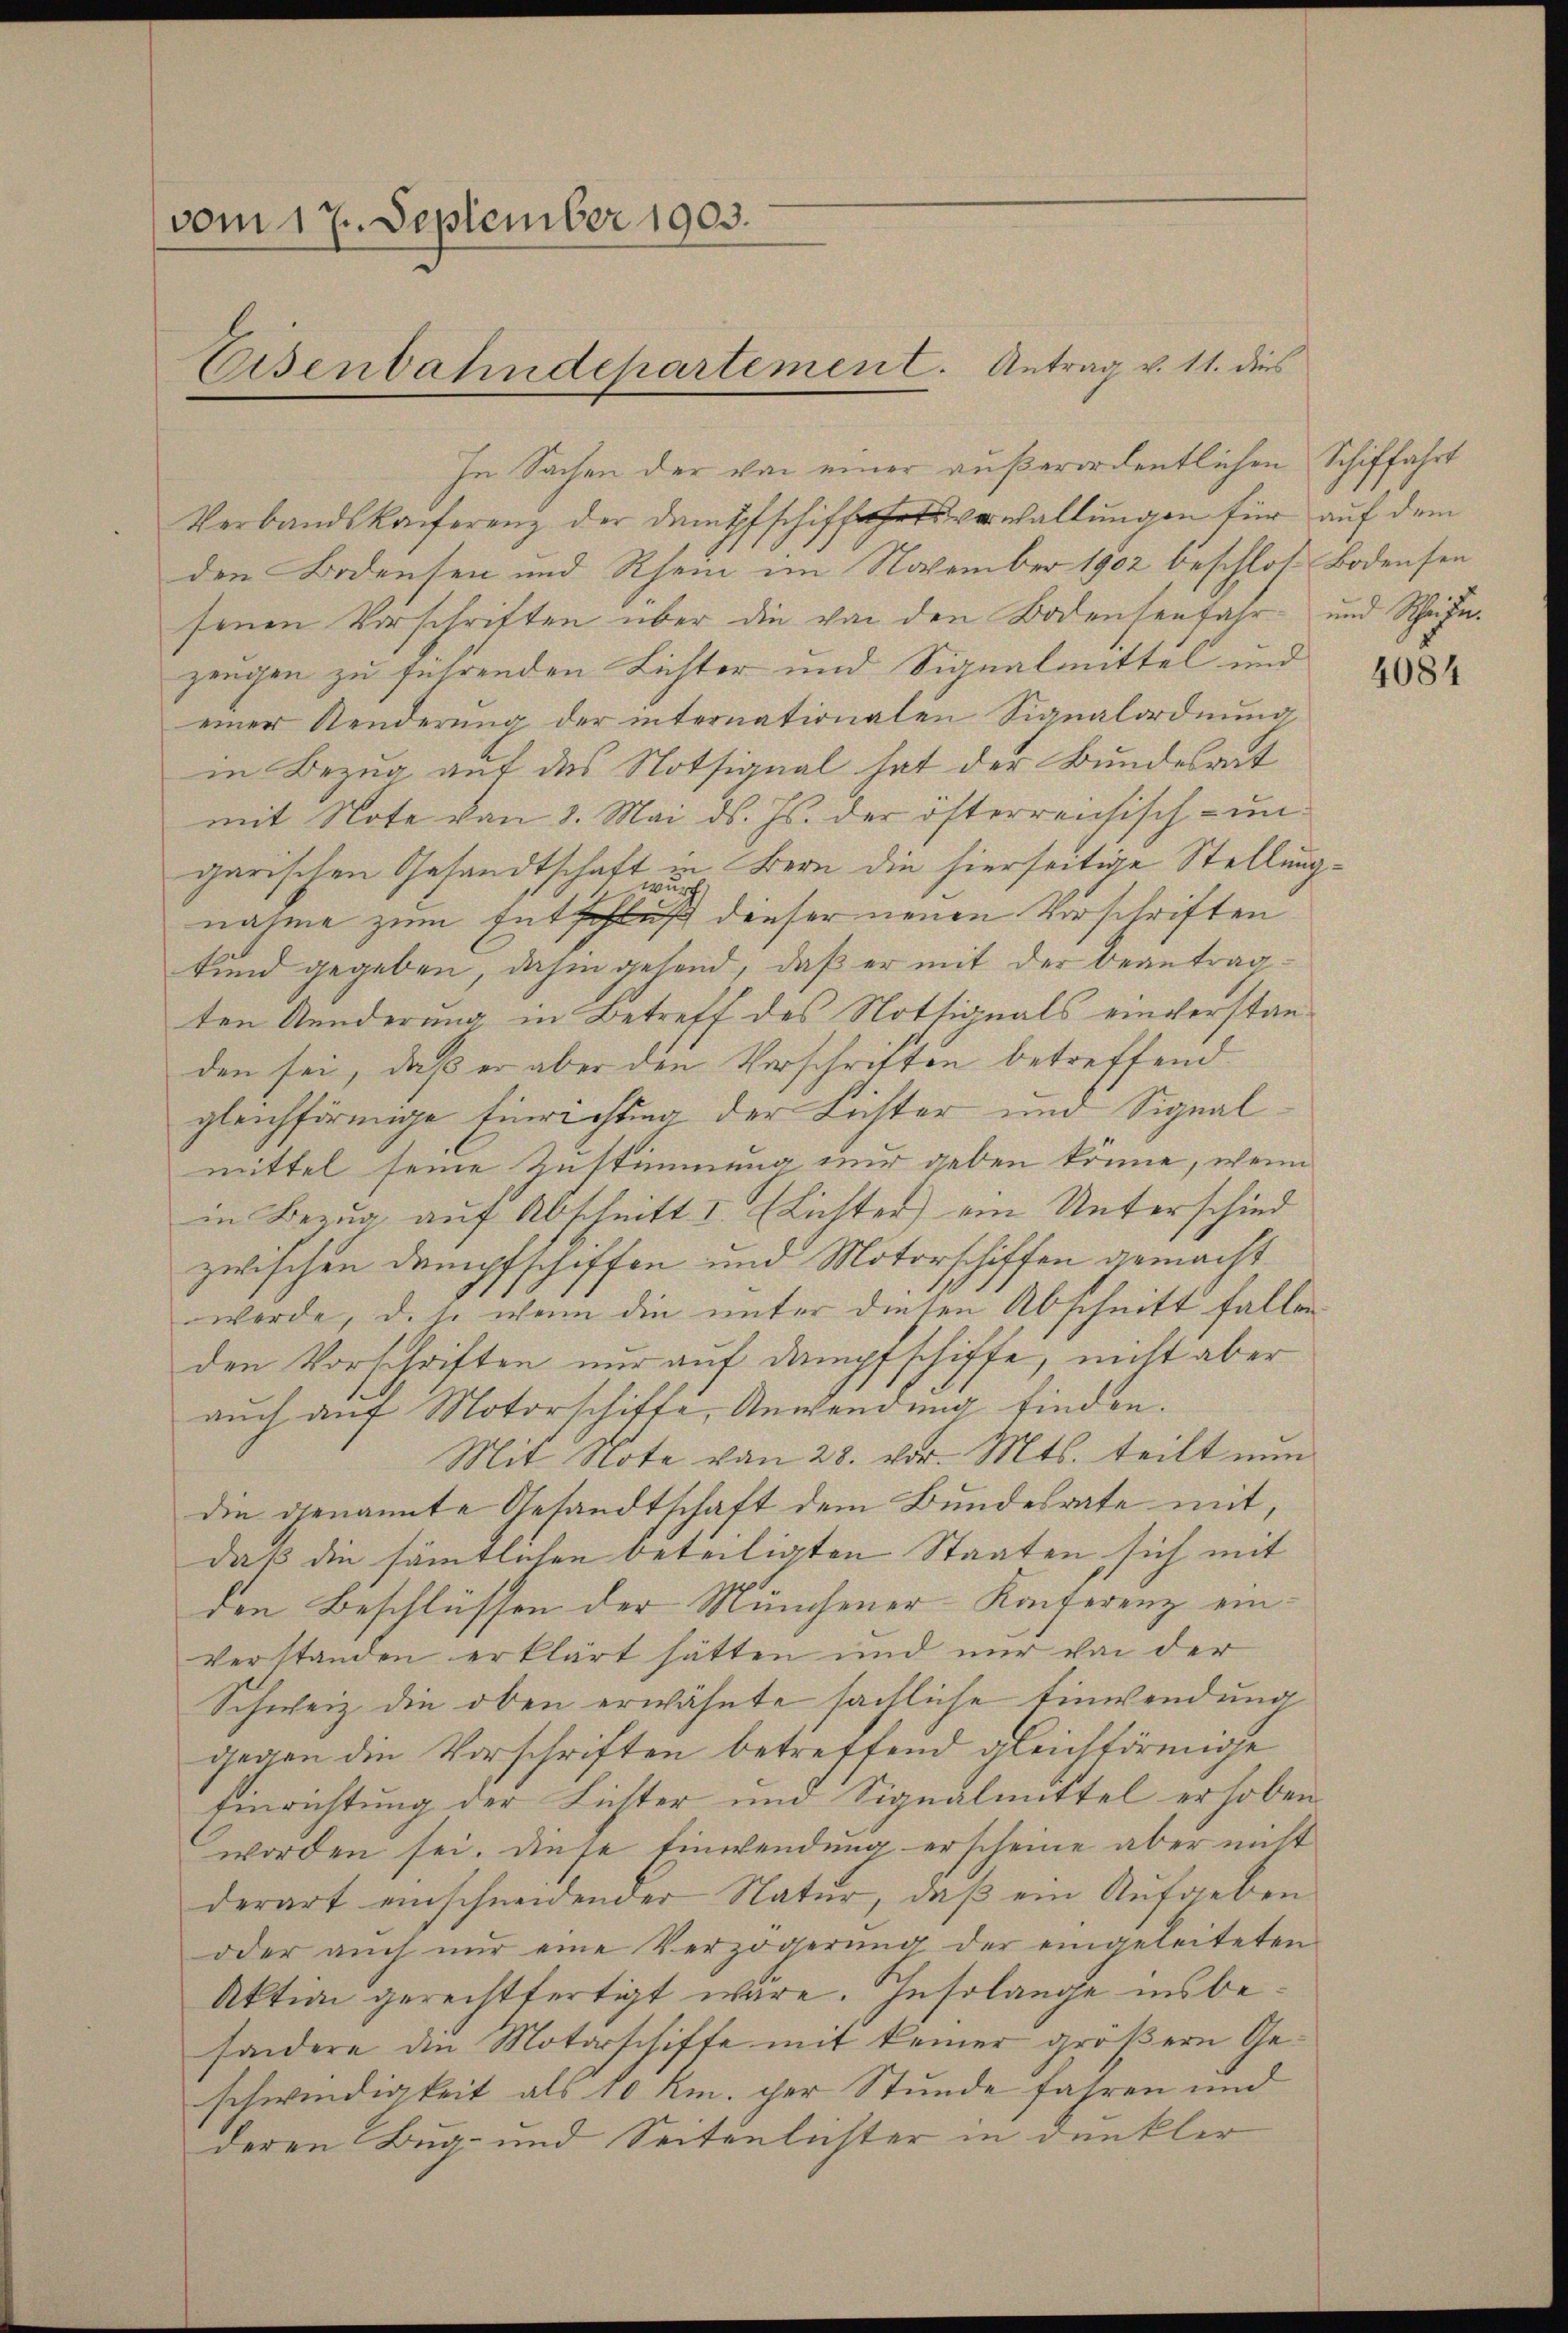
vom 17. September 1903.
Eisenbahndepartemen C. Antrag v. 11. dies

In Sachen der von einer außerordentlichen
Verbandskonferenz der Dampfschiffahrtsverwaltŭngen für auf dem
den Bodensen und Rhein im November 1902 beschloß Bodensen
senen Vorschriften über die von den Bodenseefahr- und Scheife.
zeugen zu führenden Lichter und Signalmittel und
einer Aenderung der internationalen Signalordnung
in Bezug auf das Notsignal hat der Bundesrat
mit Note von 8. Mai d. Js. der österreichisch- un
garischen Gesandtschaft in Bern die hierseitige Stellungwi
)
1
nahme zum Entschluß dieser neuen Vorschriften
kund gegeben, dahin gehend, daß er mit der beantragten Aenderung in Betreff des Notsignals einverstanden sei, daß er aber den Verschriften betreffend
gleichförmige Einrichtung der Lichter und Signal
mittel seine Zustimmung nur geben könne, wenn
in Bezŭg aŭf Abschnitt I. Lichter) ein Unterschied
zwischen Dampfschiffen und Motorschiffen gemacht
werde, d. so wenn die unter diesen Abschnitt fallen
den Vorschriften nur auf Dampfschiffe, nicht aber
auch auf Motorschifte, Anwendung finden.
Mit Note von 28. vor. Mts. teilt nun
die genannte Gesandtschaft dem Bundesrate mit,
daß die sämmtlichen beteiligten Staaten sich mit
den Beschlüssen der Münchener-Konferenz ein¬
Verstanden erklärt hätten und nur von der
Schweiz die oben erwähnte sächliche Einwendung
gegen die Vorschriften betreffend gleichförmige
Einrichtung der Lichter und Signalmittel erhoben
worden sei. Diese Einwendung erscheine aber nicht
derart einschneidender Natur, daß ein Aufgeben
oder auch nŭr eine Verzögerŭng der eingeleiteten
Aktion gerechtfertigt wäre. Insolange insbesondere den Motorschiffe mit keiner größern Geschwindigkeit als 10 km. der Stunde fahren und
deren Bug- und Seitenlichter in dunkler

Schiffahrt

4084